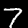
Digit: 7